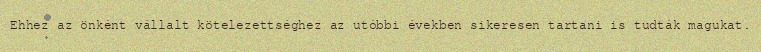
Ehhez az önként vállalt kötelezettséghez az utóbbi években sikeresen tartani is tudták magukat.